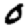
Digit: 0